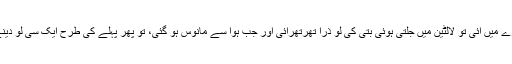
ہوا کمرے میں آئی تو لالٹین میں جلتی ہوئی بتی کی لو ذرا تھرتھرائی اور جب ہوا سے مانوس ہو گئی، تو پھر پہلے کی طرح ایک سی لو دینے لگی۔